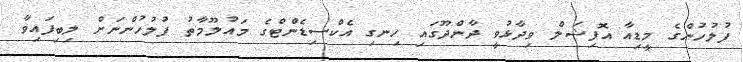
ފުލުހުންގެ މީޑިއާ އޮފިޝަލް ވިދާޅުވީ ދާންދޫގައި ހިނގި އެކްސިޑެންޓްގެ މައުލޫމާތު ފުލުހުންނަށް ލިބިފައިވާ